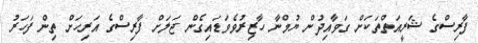
ފާރިސްގެ ޝަރީއަތްތަކަށް ގަވާއިދުން ޔުމްނާ ހާޒިރުވެވަޑައިގެން ޖަލަށް ފާރިސްގެ އަރިހަށް ތިން ފަހަރު